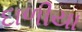
દાળીયા